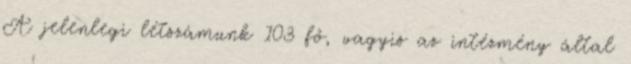
A jelenlegi létszámunk 103 fő, vagyis az intézmény által